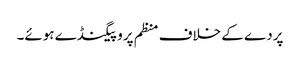
پردے کے خلاف منظم پروپیگنڈے ہوئے۔